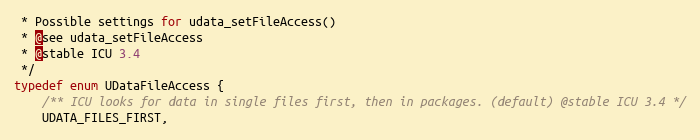
Language: C
 * Possible settings for udata_setFileAccess()
 * @see udata_setFileAccess
 * @stable ICU 3.4
 */
typedef enum UDataFileAccess {
    /** ICU looks for data in single files first, then in packages. (default) @stable ICU 3.4 */
    UDATA_FILES_FIRST,